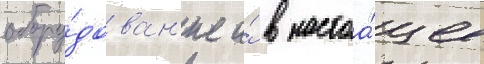
обору́дован'ие и́ в настоа́щее